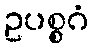
ဥပစ္စဂံ